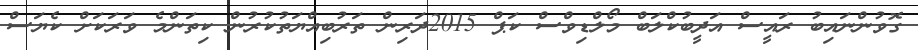
ގޮވުންނައިބު ރައީސް އަދީބުކްލަބް މޯލްޑިވްސް ކަޕް 2015ދަރިން ތަރުބިއްޔަތުކުރުން ކިތަންމެ ވަރަކަށް ކެޔަސް